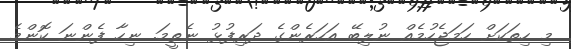
މި ހިތަކަށް ހަމަޖެހުމެއް ނުލިބޭ އަހަރެންގެ ދަރިފުޅު ނެތީމަ. ނިހާ ފެންނަ ކޮންމެ